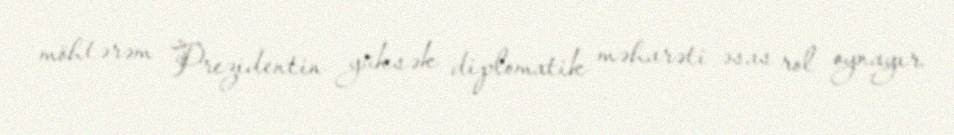
möhtərəm Prezidentin yüksək diplomatik məharəti əsas rol oynayır.